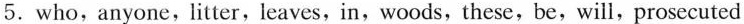
5.who,anyone,litter,leaves,in,woods,these,be,will,prosecuted